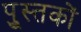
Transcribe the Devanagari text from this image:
पु्स्तकों